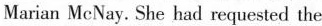
Marian McNay.She had requested the